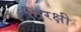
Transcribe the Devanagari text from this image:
तिरक्षी